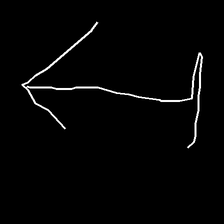
Glyph: levitation